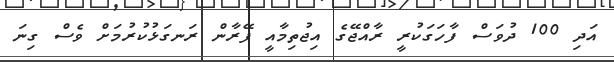
އަދި 100 ދުވަސް ފާހަގަކުރީ ރާއްޖޭގެ އިޖުތިމާއީ ފޭރާން ރަނގަޅުކުރުމަށް ވެސް ގިނަ